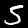
Label: 5